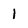
Character: 1